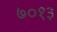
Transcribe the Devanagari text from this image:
७०१३